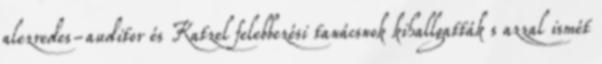
alezredes-auditor és Katzel felebbezési tanácsnok kihallgatták s azzal ismét